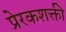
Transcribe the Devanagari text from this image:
प्रेरकशक्ती